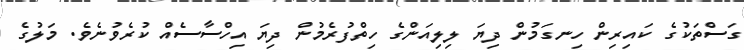
ގަސްތަކުގެ ކައިރިން ހިނގަމުން ދިޔަ ލިލިއަންގެ ހިތްފުރެމުން ދިޔަ އިހްސާސެއް ކުރެވުނެވެ. މަލުގެ